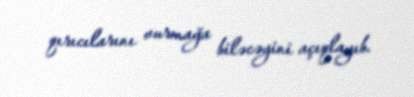
qırıcılarını vurmağa biləcəyini açıqlayıb.